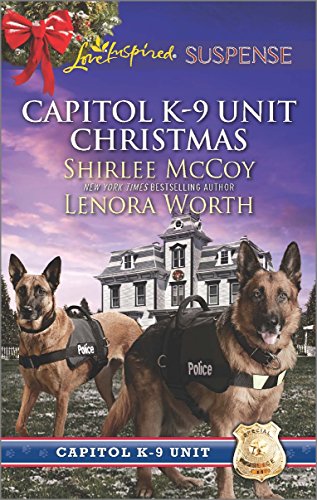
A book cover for Capitol K-9 Unit Christmas: Protecting Virginia\Guarding Abigail; Shirlee McCoy; Romance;